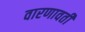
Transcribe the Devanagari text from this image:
वारणावती